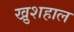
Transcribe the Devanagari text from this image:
खु़शहाल